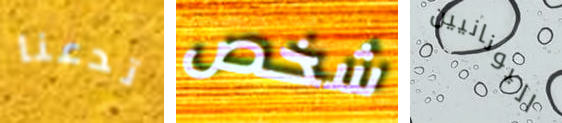
تدعنا شخص اليونانيين